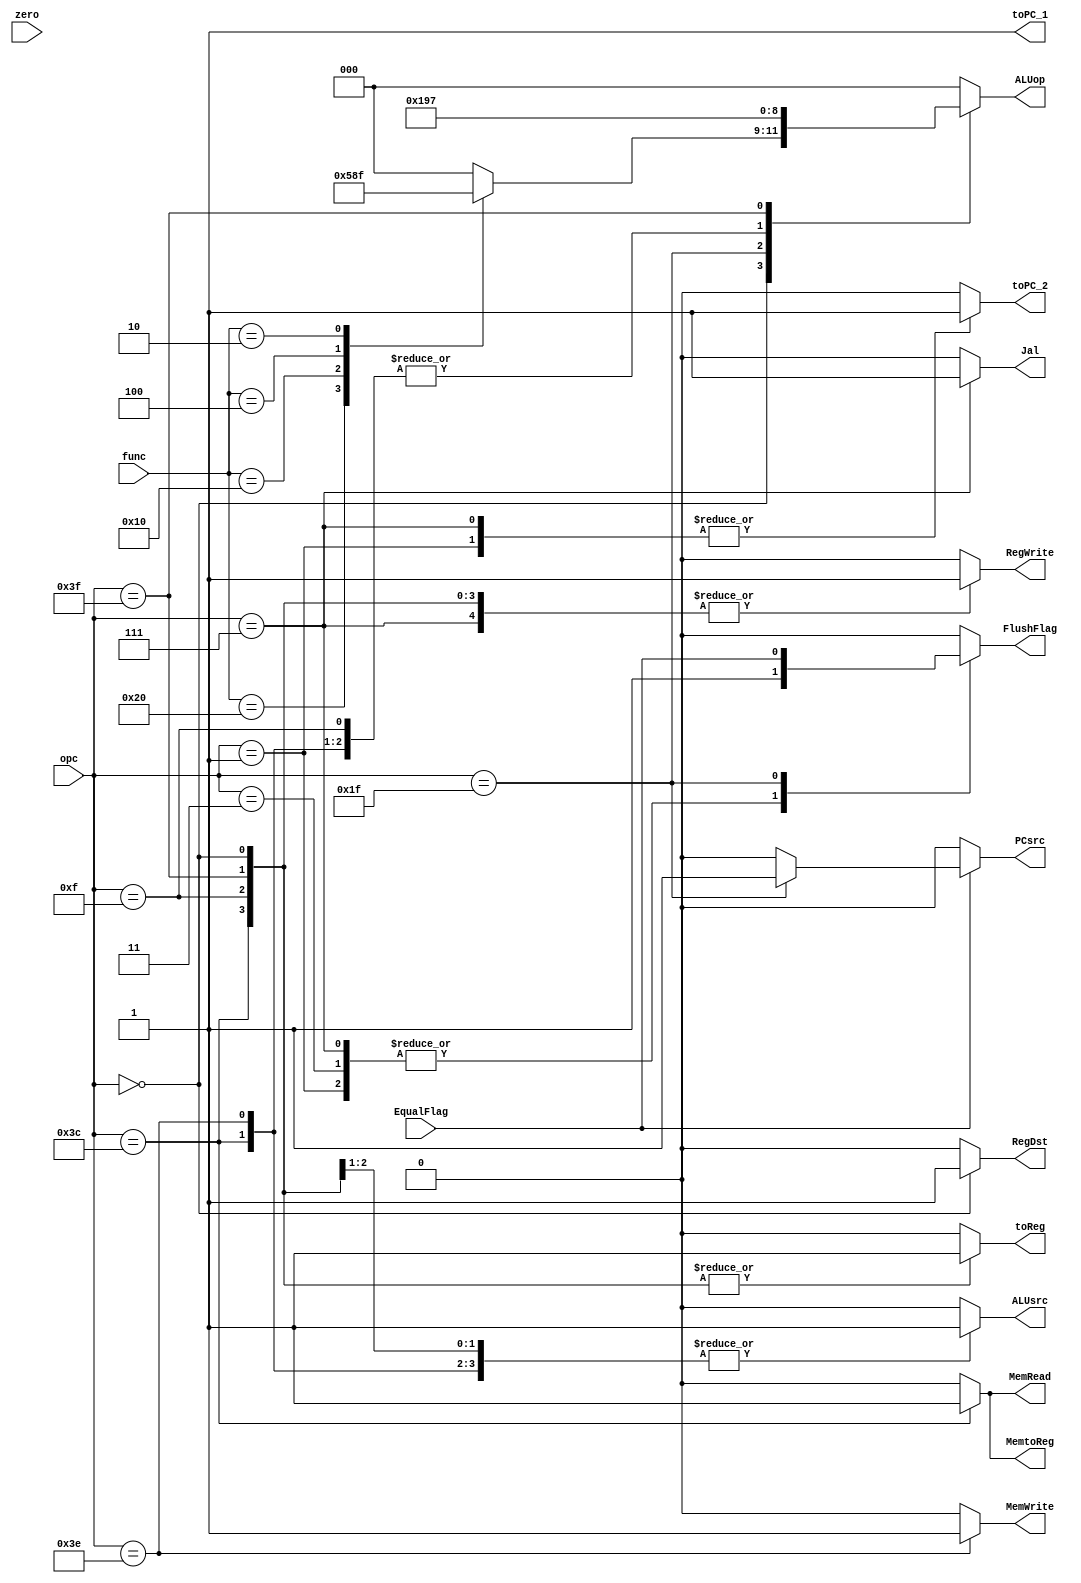
module Controller(input zero, EqualFlag, input [5:0]opc, func, output reg FlushFlag, MemtoReg, toReg, MemRead, MemWrite,
				  PCsrc, RegWrite, Jal, RegDst, toPC_1, toPC_2, ALUsrc, output reg [2:0]ALUop);
	
	parameter [5:0] R_Type = 6'b000000, j = 6'b000001, jr = 6'b000011, jal = 6'b000111, addi = 6'b001111,
					beq = 6'b011111, slti = 6'b111111, sw = 6'b111110, lw = 6'b111100, nop = 6'b100000;
	
	parameter [5:0] Add = 6'b100000, Sub = 6'b010000, And = 6'b001000, Or = 6'b000100, Slt = 6'b000010;
	
	
	always @(opc, func, EqualFlag) begin
		MemtoReg = 1'b0; toReg = 1'b0; MemRead = 1'b0; MemWrite = 1'b0; RegWrite = 1'b0;
		Jal = 1'b0; RegDst = 1'b0; toPC_1 = 1'b1; toPC_2 = 1'b0; ALUsrc = 1'b0; ALUop = 3'b0; FlushFlag = 1'b0;
		case(opc)
			R_Type: begin
				RegWrite = 1'b1; toReg = 1'b1; RegDst = 1'b1; toPC_1 = 1'b1;
				case(func)
					Add: begin ALUop = 3'b010; end
					Sub: begin ALUop = 3'b110; end
					And: begin ALUop = 3'b000; end
					Or: begin ALUop = 3'b001; end
					Slt: begin ALUop = 3'b111; end
				endcase
			end
			
			j: begin toPC_2 = 1'b1; FlushFlag = 1'b1; end
			jr: begin toPC_2 = 1'b0; FlushFlag = 1'b1; end
			jal: begin RegWrite = 1'b1; Jal = 1'b1; toPC_2 = 1'b1; FlushFlag = 1'b1; end
			beq: begin ALUop = 3'b110; toPC_1 = 1'b1; FlushFlag = EqualFlag; end
			sw: begin MemWrite = 1'b1; ALUop = 3'b010; ALUsrc = 1'b1; toPC_1 = 1'b1; end
			lw: begin MemtoReg = 1'b1; MemRead = 1'b1; ALUop = 3'b010; ALUsrc = 1'b1; RegWrite = 1'b1; toReg = 1'b1; toPC_1 = 1'b1; end
			addi: begin ALUop = 3'b010; ALUsrc = 1'b1; RegWrite = 1'b1; toReg = 1'b1; toPC_1 = 1'b1; end
			slti: begin ALUop = 3'b111; ALUsrc = 1'b1; RegWrite = 1'b1; toReg = 1'b1; toPC_1 = 1'b1; end
			nop: begin MemtoReg = 1'b0; toReg = 1'b0; MemRead = 1'b0; MemWrite = 1'b0; RegWrite = 1'b0;
					   Jal = 1'b0; RegDst = 1'b0; toPC_1 = 1'b1; toPC_2 = 1'b0; ALUsrc = 1'b0; ALUop = 3'b0; FlushFlag = 1'b0; end
		endcase
	end
	assign PCsrc = EqualFlag ? ((opc == beq) ? 1'b1 : 1'b0) : 1'b0;
endmodule